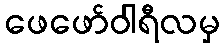
ဖေဖော်ဝါရီလမှ